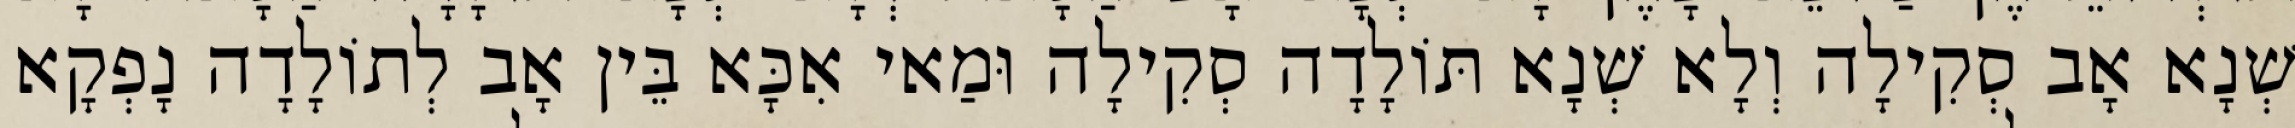
שְׁנָא אָב סְקִילָה וְלָא שְׁנָא תּוֹלָדָה סְקִילָה וּמַאי אִכָּא בֵּין אָב לְתוֹלָדָה נָפְקָא